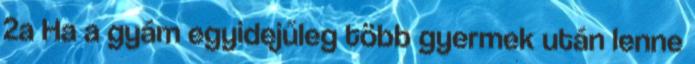
2a Ha a gyám egyidejűleg több gyermek után lenne